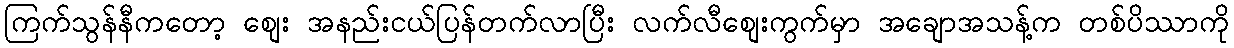
ကြက်သွန်နီကတော့ စျေး အနည်းငယ်ပြန်တက်လာပြီး လက်လီစျေးကွက်မှာ အချောအသန့်က တစ်ပိဿာကို